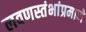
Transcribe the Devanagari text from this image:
लवणस्तंभांप्रमाणे